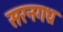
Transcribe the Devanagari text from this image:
सरनगध्र